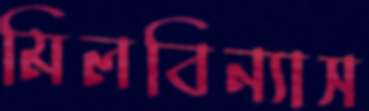
মিলবিন্যাস